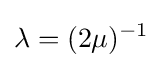
\lambda =(2\mu )^{-1}